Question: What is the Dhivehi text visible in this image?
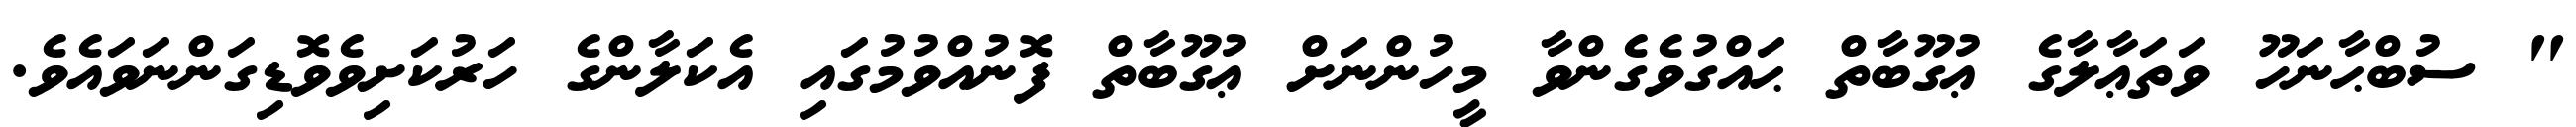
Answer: " ސުބްޙާނަހޫ ވަތަޢާލާގެ ޢުގޫބާތް ޙައްގުވެގެންވާ މީހުންނަށް ޢުގޫބާތް ފޮނުއްވުމުގައި އެކަލާންގެ ހަރުކަށިވެވޮޑިގަންނަވައެވެ.